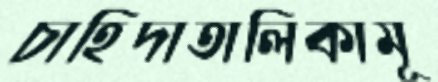
চাহিদাতালিকামূ